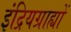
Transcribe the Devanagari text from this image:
इंद्रियग्राह्यों